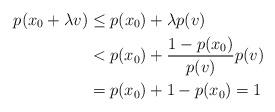
LaTeX: \begin{align*}p(x_0+\lambda v)&\le p(x_0)+\lambda p(v)\\&<p(x_0)+\frac{1-p(x_0)}{p(v)}p(v)\\&=p(x_0)+1-p(x_0)=1\end{align*}